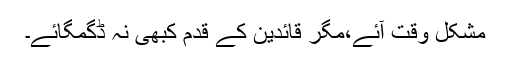
مشکل وقت آئے،مگر قائدین کے قدم کبھی نہ ڈگمگائے۔